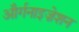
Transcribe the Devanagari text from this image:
और्गनाइज़ेशन